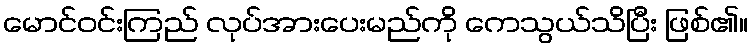
မောင်ဝင်းကြည် လုပ်အားပေးမည်ကို ကေသွယ်သိပြီး ဖြစ်၏။